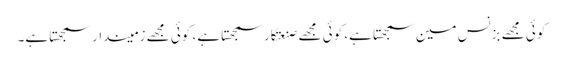
کوئی مجھے بزنس مین سمجھتا ہے، کوئی مجھے صنعتکار سمجھتا ہے، کوئی مجھے زمیندار سمجھتا ہے۔